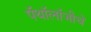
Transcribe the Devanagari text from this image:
पॅथॉलॉजीचे